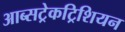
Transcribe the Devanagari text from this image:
आब्सट्रेकट्रिशियन